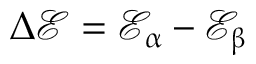
\Delta \mathcal { E } = \mathcal { E } _ { \upalpha } - \mathcal { E } _ { \upbeta }